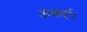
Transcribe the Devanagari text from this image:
ऊंचाई।